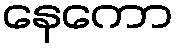
နေကော